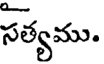
సత్యము.